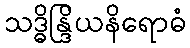
သဒ္ဓိန္ဒြိယနိရောဓံ